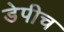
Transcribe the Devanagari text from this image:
डेपीच